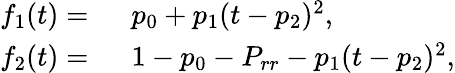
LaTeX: \begin{array}{rl}{f_{1}(t)=\ }&{{}p_{0}+p_{1}(t-p_{2})^{2},}\\ {f_{2}(t)=\ }&{{}1-p_{0}-P_{rr}-p_{1}(t-p_{2})^{2},}\end{array}